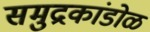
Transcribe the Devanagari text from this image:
समुद्रकांडोळ